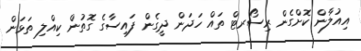
އިއުލާން ކޮށްގެން ރިސޯރޓް ތައް ހަދަން ދީގެން ފައިސާގެ ގޮތުން ކިއްލި ތަޅަން